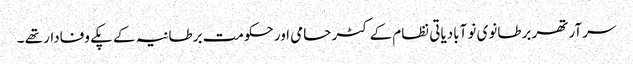
سر آرتھر برطانوی نو آبادیاتی نظام کے کٹر حامی اور حکومت برطانیہ کے پکے وفادار تھے ۔